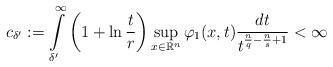
LaTeX: \begin{align*}c_{\delta^{\prime}}:={\displaystyle \int \limits_{\delta^{\prime}}^{\infty}}\left( 1+\ln \frac{t}{r}\right) \sup_{x\in{\mathbb{R}^{n}}}\varphi_{1}(x,t)\frac{dt}{t^{\frac{n}{q}-\frac{n}{s}+1}}<\infty \end{align*}